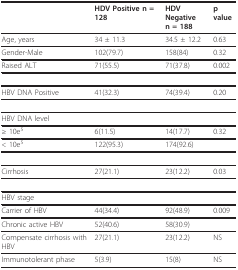
<table><thead><tr><td></td><td><b>HDV Positive n = 128</b></td><td><b>HDV Negativen = 188</b></td><td><b>p value</b></td></tr></thead><tbody><tr><td>Age, years</td><td>34 ± 11.3</td><td>34.5 ± 12.2</td><td>0.63</td></tr><tr><td>Gender-Male</td><td>102(79.7)</td><td>158(84)</td><td>0.32</td></tr><tr><td>Raised ALT</td><td>71(55.5)</td><td>71(37.8)</td><td>0.002</td></tr><tr><td>HBV DNA Positive</td><td>41(32.3)</td><td>74(39.4)</td><td>0.20</td></tr><tr><td>HBV DNA level</td><td></td><td></td><td></td></tr><tr><td>≥ 10e<sup>5</sup></td><td>6(11.5)</td><td>14(17.7)</td><td>0.32</td></tr><tr><td>&lt; 10e<sup>5</sup></td><td>122(95.3)</td><td>174(92.6)</td><td></td></tr><tr><td>Cirrhosis</td><td>27(21.1)</td><td>23(12.2)</td><td>0.03</td></tr><tr><td>HBV stage</td><td></td><td></td><td></td></tr><tr><td>Carrier of HBV</td><td>44(34.4)</td><td>92(48.9)</td><td>0.009</td></tr><tr><td>Chronic active HBV</td><td>52(40.6)</td><td>58(30.9)</td><td></td></tr><tr><td>Compensate cirrhosis with HBV</td><td>27(21.1)</td><td>23(12.2)</td><td>NS</td></tr><tr><td>Immunotolerant phase</td><td>5(3.9)</td><td>15(8)</td><td>NS</td></tr></tbody></table>